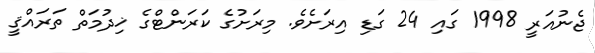
ޖެނުއަރީ 1998 ގައި 24 ގަޑި އިރަށެވެ. މިރަށުގެ ކަރަންޓްގެ ޚިދުމަތް ތަރައްޤީ